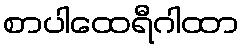
စာပါထေရီဂါထာ